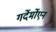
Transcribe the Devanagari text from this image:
गर्देर्मोएन